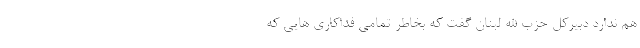
هم ندارد دبیرکل حزب الله لبنان گفت که بخاطر تمامی فداکاری هایی که